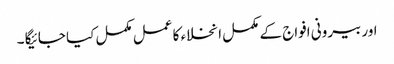
اور بیرونی افواج کے مکمل انخلاء کا عمل مکمل کیا جائیگا ۔